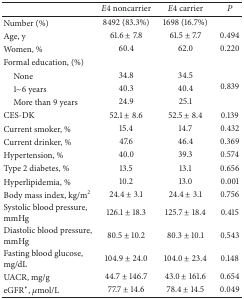
<table><thead><tr><td><b> </b></td><td><b><i>E</i>4 noncarrier</b></td><td><b><i>E</i>4 carrier </b></td><td><b><i>P</i></b></td></tr></thead><tbody><tr><td>Number (%)</td><td>8492 (83.3%)</td><td>1698 (16.7%)</td><td> </td></tr><tr><td>Age, y</td><td>61.6 ± 7.8</td><td>61.5 ± 7.7</td><td>0.494</td></tr><tr><td>Women, %</td><td>60.4</td><td>62.0</td><td>0.220</td></tr><tr><td>Formal education, (%)</td><td> </td><td> </td><td> </td></tr><tr><td> None </td><td>34.8</td><td>34.5</td><td rowspan="3">0.839</td></tr><tr><td> 1~6 years</td><td>40.3</td><td>40.4</td></tr><tr><td> More than 9 years</td><td>24.9</td><td>25.1</td></tr><tr><td>CES-DK</td><td>52.1 ± 8.6</td><td>52.5 ± 8.4</td><td>0.139</td></tr><tr><td>Current smoker, %</td><td>15.4</td><td>14.7</td><td>0.432</td></tr><tr><td>Current drinker, %</td><td>47.6</td><td>46.4</td><td>0.369</td></tr><tr><td>Hypertension, %</td><td>40.0</td><td>39.3</td><td> 0.574</td></tr><tr><td>Type 2 diabetes, %</td><td>13.5</td><td>13.1</td><td>0.656</td></tr><tr><td>Hyperlipidemia, %</td><td>10.2</td><td>13.0</td><td>0.001</td></tr><tr><td>Body mass index, kg/m<sup>2</sup></td><td>24.4 ± 3.1</td><td>24.4 ± 3.1</td><td>0.756</td></tr><tr><td>Systolic blood pressure, mmHg</td><td>126.1 ± 18.3</td><td>125.7 ± 18.4</td><td>0.415</td></tr><tr><td>Diastolic blood pressure, mmHg</td><td>80.5 ± 10.2</td><td>80.3 ± 10.1</td><td>0.543</td></tr><tr><td>Fasting blood glucose, mg/dL</td><td>104.9 ± 24.0</td><td>104.0 ± 23.4</td><td>0.148</td></tr><tr><td>UACR, mg/g</td><td>44.7 ± 146.7</td><td>43.0 ± 161.6</td><td>0.654</td></tr><tr><td>eGFR<sup>*</sup>, <i>μ</i>mol/L</td><td>77.7 ± 14.6</td><td>78.4 ± 14.5</td><td> 0.049</td></tr></tbody></table>